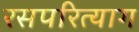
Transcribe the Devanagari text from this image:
रसपरित्याग